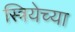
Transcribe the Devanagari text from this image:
स्त्रियेच्या